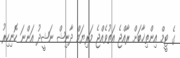
ގެ ޓީމް އިންތިޚާބަށް ރާއްޖެ އަތުވެއްޖެ މަރިޔަމް ދާނިޝް ނަޝީދު އަންނަ ހޮނިހިރު